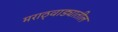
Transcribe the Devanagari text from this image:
मराठ्वाड्यातील